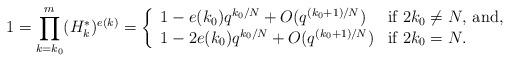
LaTeX: \begin{align*}1 = \prod_{k=k_0}^m (H_{k}^*)^{e(k)}= \left\{\begin{array}{ll}1 - e(k_0)q^{k_0/N} + O(q^{(k_0+1)/N})&\mbox{if $2k_0\not=N$, and},\\1 - 2e(k_0)q^{k_0/N} + O(q^{(k_0+1)/N})&\mbox{if $2k_0=N$.}\end{array}\right.\end{align*}